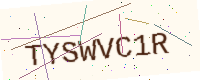
Text: TYSWVC1R